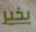
بخير